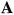
A